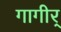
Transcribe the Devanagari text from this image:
गागीर्